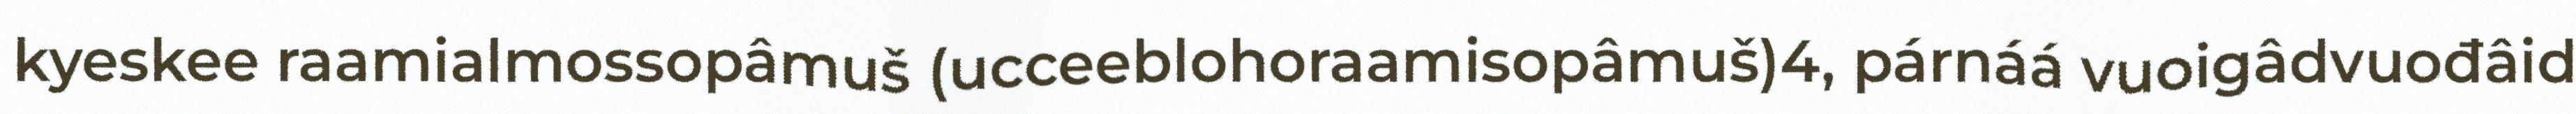
kyeskee raamialmossopâmuš (ucceeblohoraamisopâmuš)4, párnáá vuoigâdvuođâid